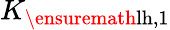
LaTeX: K_{\ensuremath{\mathrm{lh}},1}